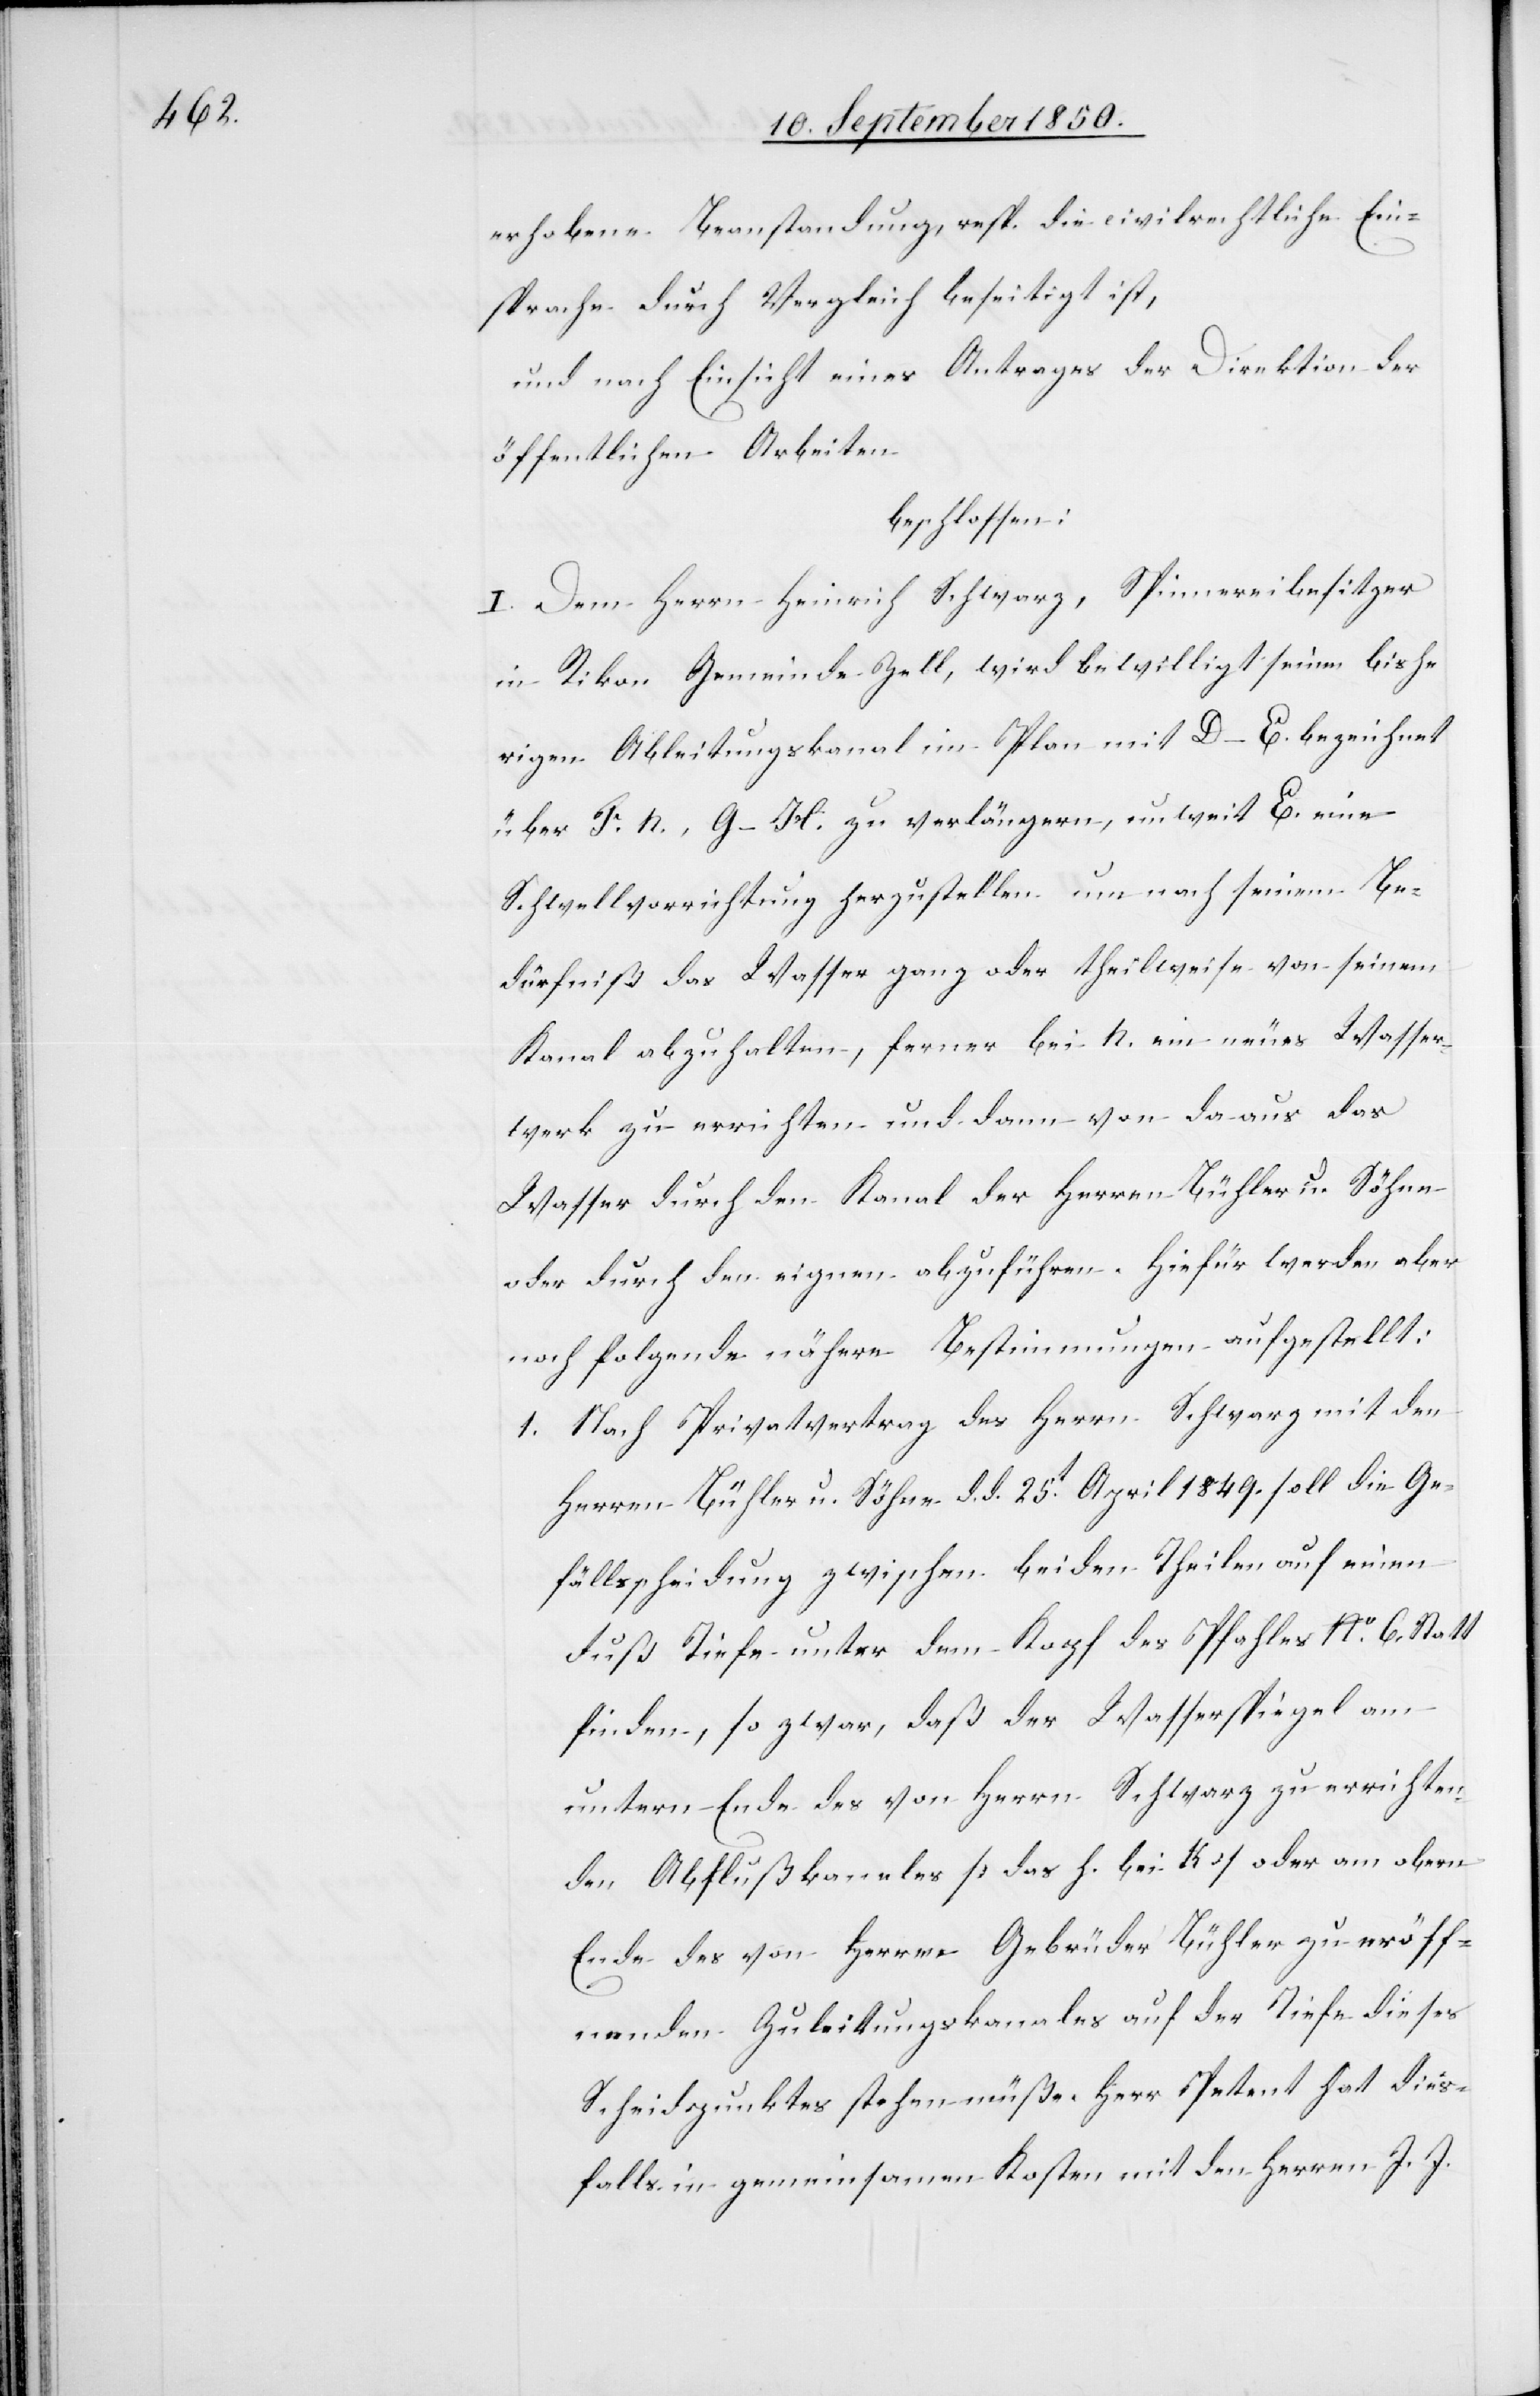
erhobene Beanstandung, resp. die civilrechtliche Ein¬
sprache durch Vergleich beseitigt ist,
und nach Einsicht eines Antrages der Direktion der
öffentlichen Arbeiten
beschlossen:
I. Dem Herrn Heinrich Schwarz, Spinnereibesitzer
in Rikon Gemeinde Zell, wird bewilligt seinen bishe¬
rigen Ableitungskanal im Plan mit D–E. bezeichnet
über F. N., G–H. zu verlängern, unweit E. eine
Schwellvorrichtung herzustellen um nach seinem Be¬
dürfniß das Wasser ganz oder theilweise von seinem
Kanal abzuhalten, ferner bei N. ein neues Wasser¬
werk zu errichten und dann von da aus das
Wasser durch den Kanal der Herren Bühler u. Söhne
oder durch den eignen abzuführen. Hiefür werden aber
noch folgende nähere Bestimmungen aufgestellt:
1. Nach Privatvertrag des Herrn Schwarz mit den
Herren Bühler u. Söhne d. d. 25t April 1849. soll die Ge¬
fällsscheidung zwischen beiden Theilen auf einen
Fuß Tiefe unter dem Kopf des Pfahles No. 6. Statt
finden, so zwar, daß der Wasserspiegel am
untern Ende des von Herrn Schwarz zu errichten¬
den Abflußkanales [das h. bei K] oder am obern
Ende des von Herren Gebrüder Bühler zu eröff¬
nenden Zuleitungskanales auf der Tiefe dieses
Scheidpunktes stehen müße. Herr Petent hat dies¬
falls in gemeinsamen Kosten mit den Herren J. J.